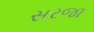
સરજા